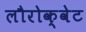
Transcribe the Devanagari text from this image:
लौरोक्वेट